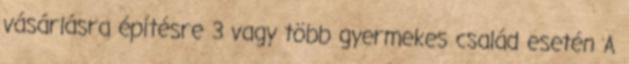
vásárlásra építésre 3 vagy több gyermekes család esetén A